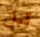
قبل